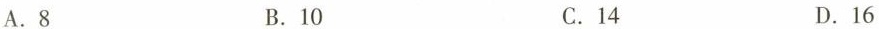
A.8 B.10 C.14 D.16